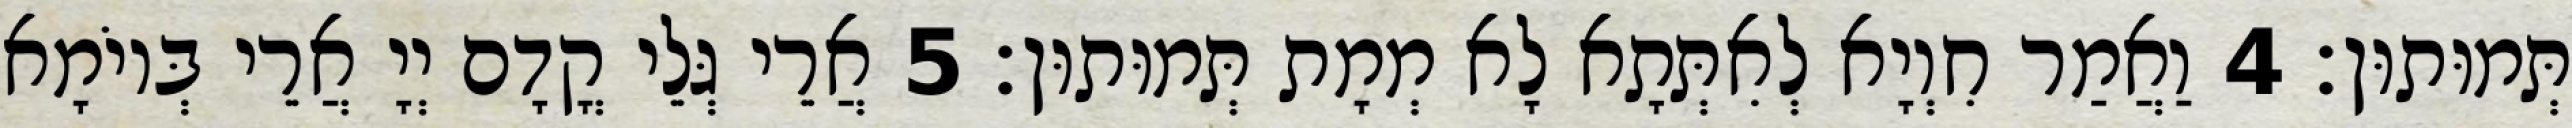
תְּמוּתוּן׃ 4 וַאֲמַר חִוְיָא לְאִתְּתָא לָא מְמָת תְּמוּתוּן׃ 5 אֲרֵי גְּלֵי קֳדָם יְיָ אֲרֵי בְּיוֹמָא